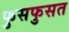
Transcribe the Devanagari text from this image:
फुसफुसत